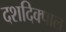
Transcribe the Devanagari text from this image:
दशदिक्पाल